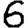
Digit: 6